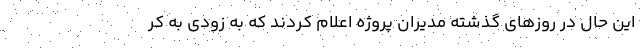
این حال در روزهای گذشته مدیران پروژه اعلام کردند که به زودی به کر